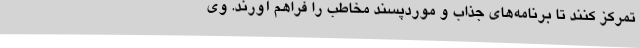
تمرکز کنند تا برنامه‌های جذاب و موردپسند مخاطب را فراهم آورند. وی